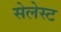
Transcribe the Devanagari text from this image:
सेलेस्ट